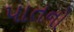
પાતનો